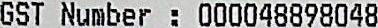
GST NUMBER: 000048898048